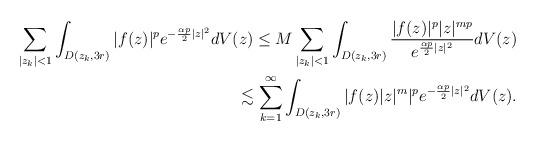
LaTeX: \begin{align*} \sum_{|z_k|<1} \int_{D(z_k, 3r)} |f(z)|^pe^{-\frac{\alpha p}{2}|z|^2} dV(z)\leq M \sum_{|z_k|<1} \int_{D(z_k, 3r)} \frac{|f(z)|^p |z|^{mp}}{e^{\frac{\alpha p}{2}|z|^2}} dV(z)\\ \lesssim \sum_{k=1}^\infty\int_{D(z_k, 3r)} |f(z)|z|^m|^pe^{-\frac{\alpha p}{2}|z|^2} dV(z). \end{align*}